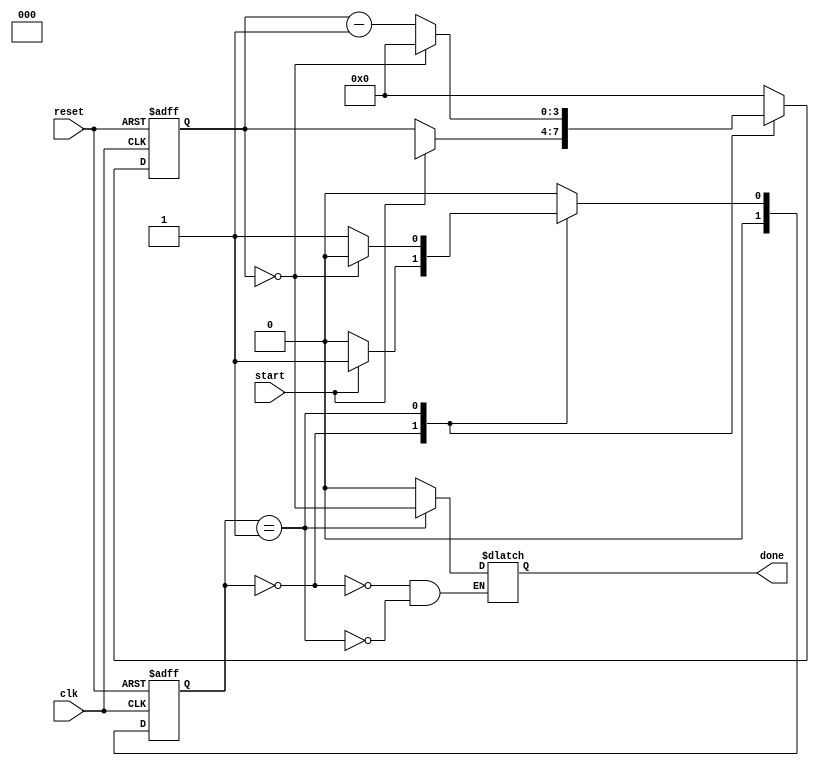
module countdown_timer (
    input wire clk,
    input wire reset,
    input wire start,
    output reg done
);

parameter COUNTDOWN_WIDTH = 4; // Number of bits to represent countdown value
reg [COUNTDOWN_WIDTH-1:0] countdown_reg;
reg [COUNTDOWN_WIDTH-1:0] countdown_next;

// State machine for countdown timer control
parameter IDLE = 2'b00;
parameter COUNTING = 2'b01;
reg [1:0] state, next_state;

always @ (posedge clk or posedge reset) begin
    if (reset) begin
        state <= IDLE;
        countdown_reg <= 0;
    end else begin
        state <= next_state;
        countdown_reg <= countdown_next;
    end
end

always @* begin
    case (state)
        IDLE: begin
            done = 0;
            if (start) begin
                next_state = COUNTING;
                countdown_next = COUNTDOWN_VALUE;
            end else begin
                next_state = IDLE;
                countdown_next = countdown_reg;
            end
        end
        COUNTING: begin
            done = (countdown_reg == 0);
            next_state = (countdown_reg == 0) ? IDLE : COUNTING;
            countdown_next = (countdown_reg == 0) ? 0 : countdown_reg - 1;
        end
        default: begin
            next_state = IDLE;
            countdown_next = 0;
        end
    endcase
end

endmodule